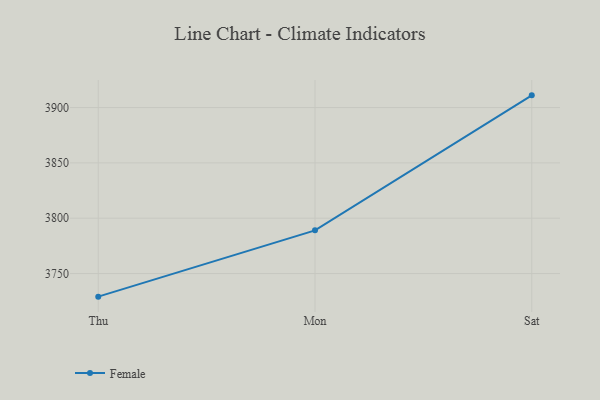
{"axis": {"x": "Day", "y": "Energy Usage (MWh)"}, "legend": ["Female"], "data": [{"x": "Thu", "y": 3729.1, "type": "Female"}, {"x": "Mon", "y": 3789.0, "type": "Female"}, {"x": "Sat", "y": 3911.0, "type": "Female"}]}